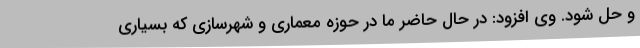
و حل شود. وی افزود: در حال حاضر ما در حوزه معماری و شهرسازی که بسیاری